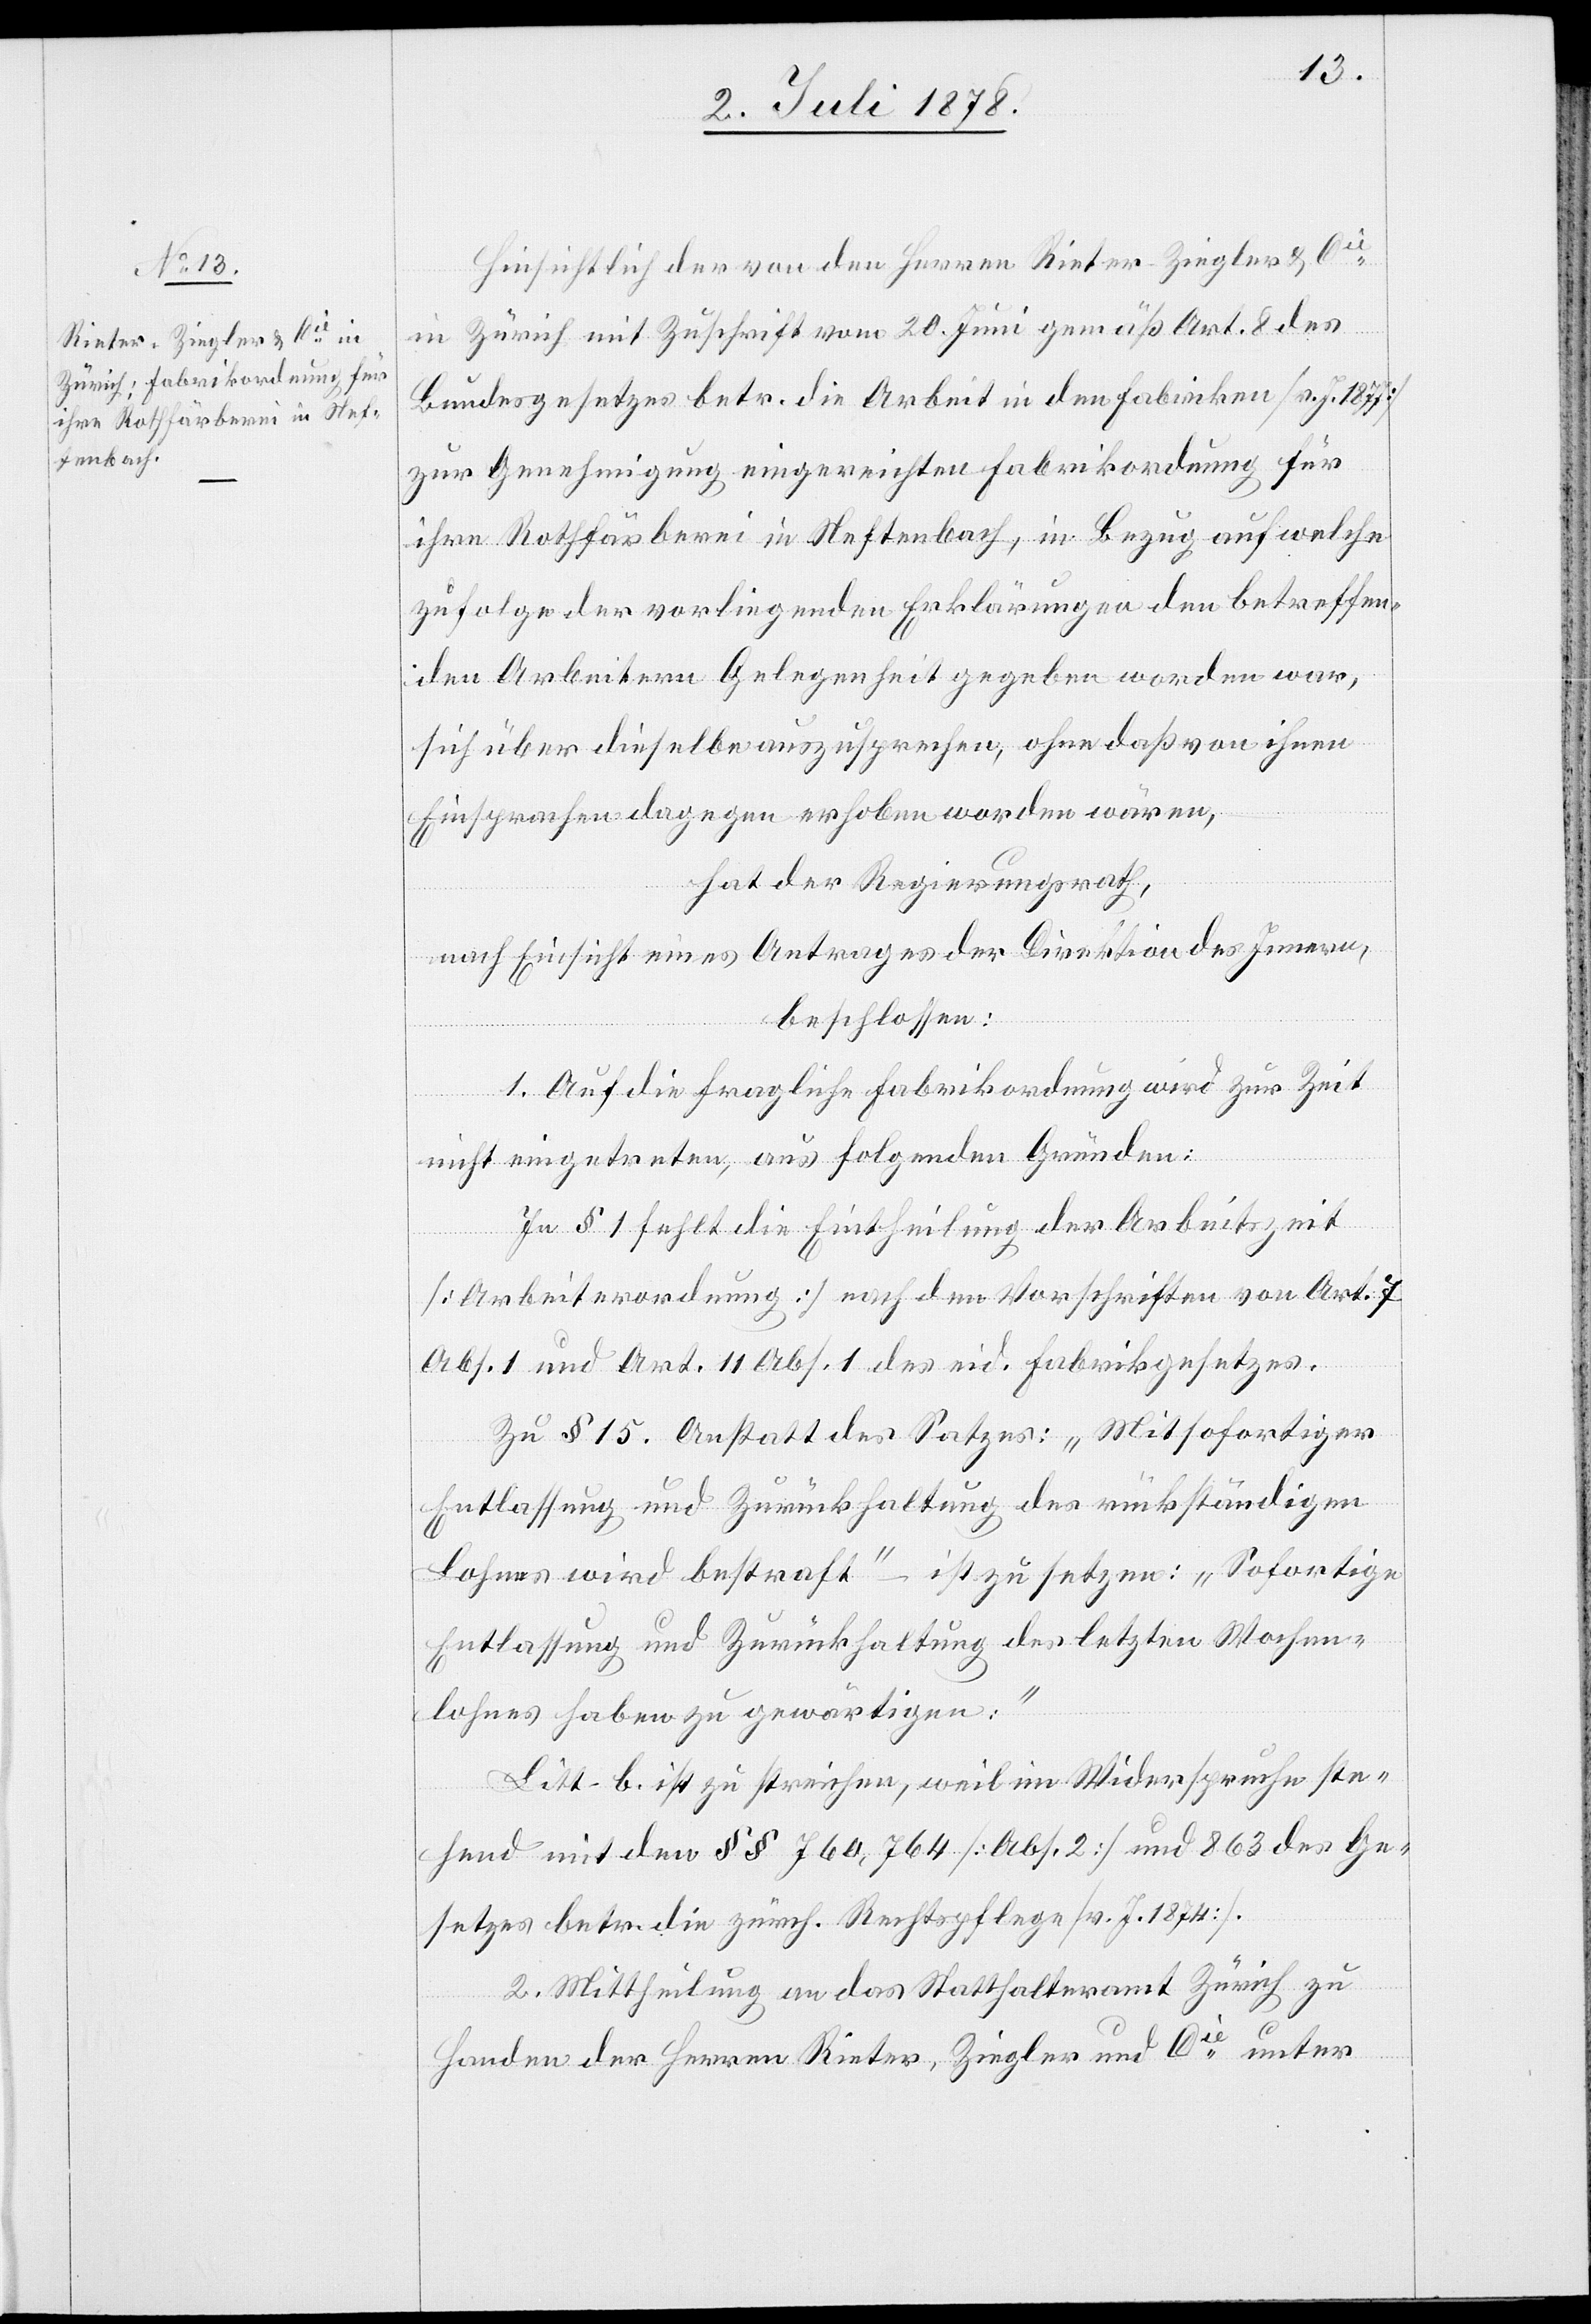
Hinsichtlich der von den Herren Rieter, Ziegler & Cie
in Zürich mit Zuschrift vom 20. Juni gemäß Art. 8 des
Bundesgesetzes betr. die Arbeit in den Fabriken [v. J. 1877]
zur Genehmigung eingereichten Fabrikordnung für
ihre Rothfärberei in Neftenbach, in Bezug auf welche
zufolge der vorliegenden Erklärungen den betreffen¬
den Arbeitern Gelegenheit gegeben worden war,
sich über dieselben auszusprechen, ohne daß von ihnen
Einsprachen dagegen erhoben worden wären,
hat der Regierungsrath,
nach Einsicht eines Antrages der Direktion des Innern,
beschlossen:
1. Auf die fragliche Fabrikordnung wird zur Zeit
nicht eingetreten, aus folgenden Gründen:
In § 1 fehlt die Eintheilung der Arbeitszeit
[Arbeiterordnung] nach den Vorschriften von Art. 7
Abs. 1 und Art. 11 Abs. 1 des eid. Fabrikgesetzes.
Zu § 15. Anstatt des Satzes: „Mit sofortiger
Entlassung und Zurückhaltung des rückständigen
Lohnes wird bestraft“ – ist zu setzen: „Sofortige
Entlassung und Zurückhaltung des letzten Wochen¬
lohnes haben zu gewärtigen:“
Litt. b. ist zu streichen, weil im Widerspruche ste¬
hend mit den §§ 760, 764 [Abs. 2] und 863 des Ge¬
setzes betr. die zürch. Rechtspflege [v. J. 1874].
2. Mittheilung an das Statthalteramt Zürich zu
Handen der Herren Rieter, Ziegler und Cie unter